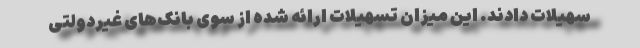
سهیلات دادند. این میزان تسهیلات ارائه شده از سوی بانک‌های غیردولتی